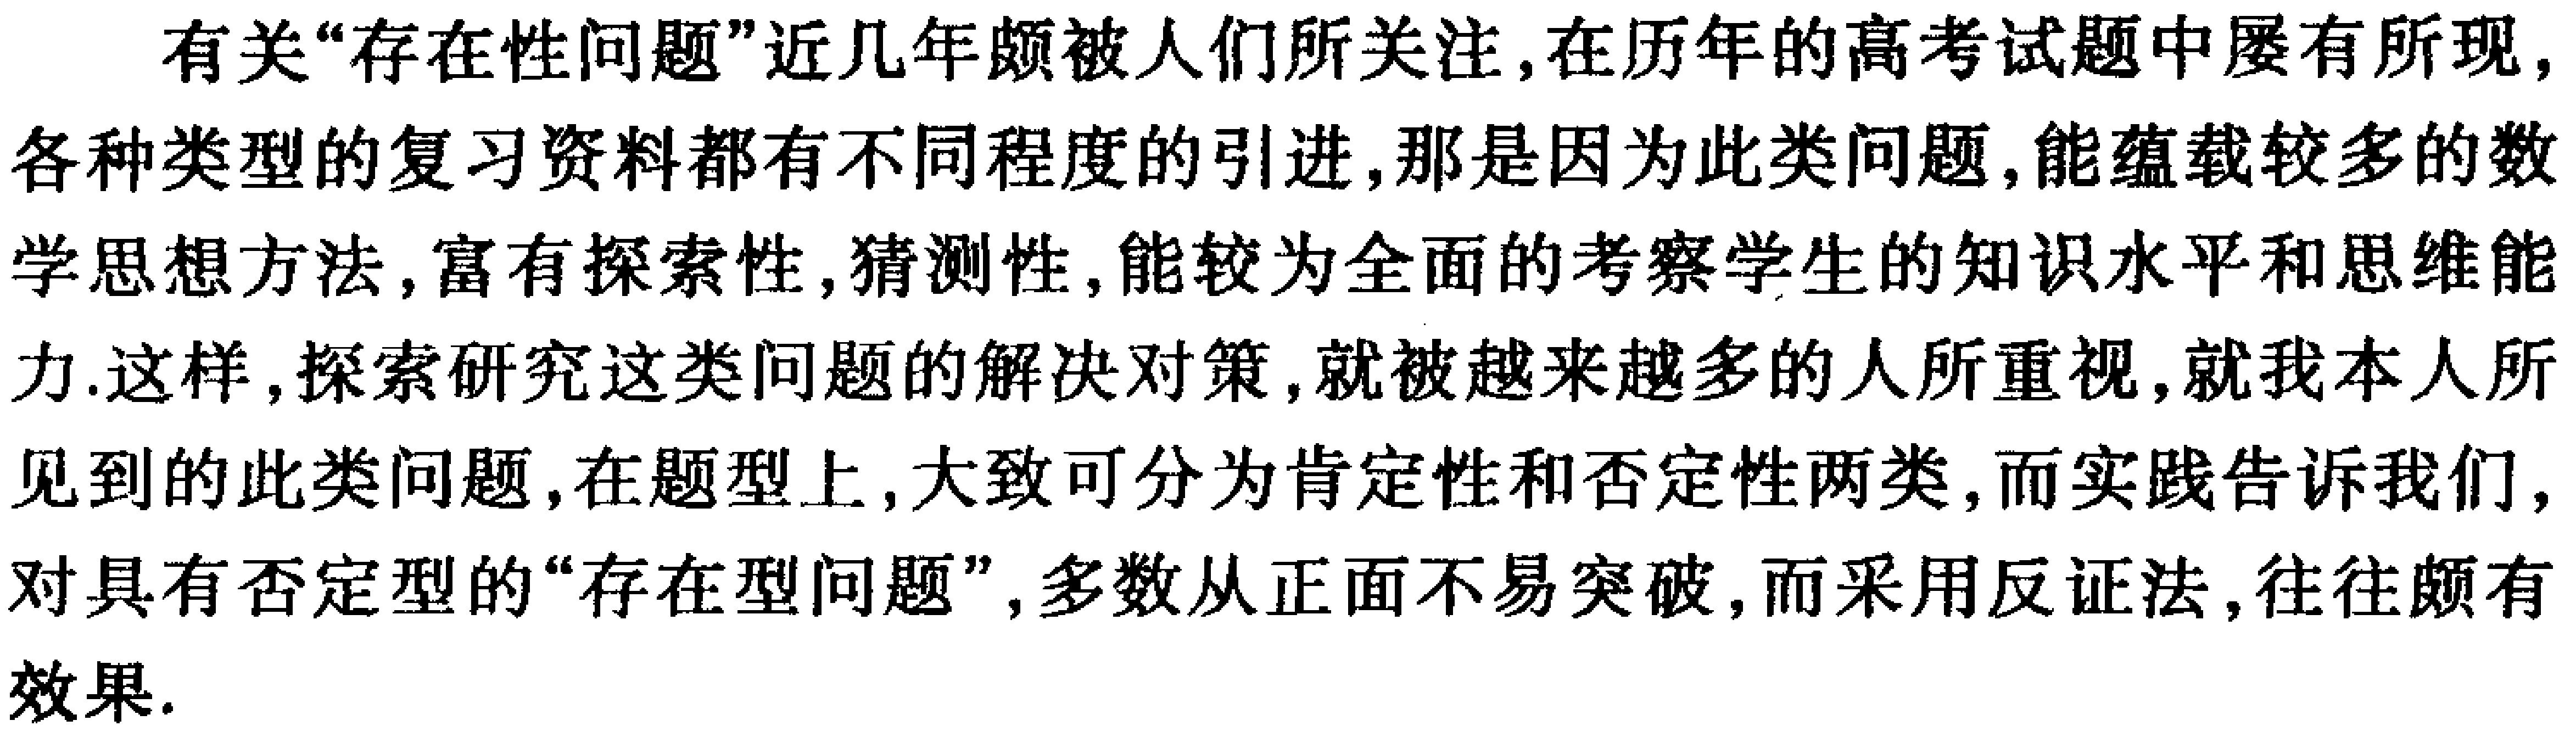
有关“存在性问题”近几年颇被人们所关注,在历年的高考试题中屡有所现,各种类型的复习资料都有不同程度的引进,那是因为此类问题,能蕴载较多的数学思想方法,富有探索性,猜测性,能较为全面的考察学生的知识水平和思维能力.这样,探索研究这类问题的解决对策,就被越来越多的人所重视,就我本人所见到的此类问题,在题型上,大致可分为肯定性和否定性两类,而实践告诉我们,对具有否定型的“存在型问题”,多数从正面不易突破,而采用反证法,往往颇有效果.